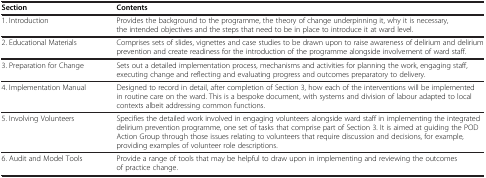
| Section | Contents |
 | --- | --- |
 | 1. Introduction | Provides the background to the programme, the theory of change underpinning it, why it is necessary, the intended objectives and the steps that need to be in place to introduce it at ward level. |
 | 2. Educational Materials | Comprises sets of slides, vignettes and case studies to be drawn upon to raise awareness of delirium and delirium prevention and create readiness for the introduction of the programme alongside involvement of ward staff. |
 | 3. Preparation for Change | Sets out a detailed implementation process, mechanisms and activities for planning the work, engaging staff, executing change and reflecting and evaluating progress and outcomes preparatory to delivery. |
 | 4. Implementation Manual | Designed to record in detail, after completion of Section 3, how each of the interventions will be implemented in routine care on the ward. This is a bespoke document, with systems and division of labour adapted to local contexts albeit addressing common functions. |
 | 5. Involving Volunteers | Specifies the detailed work involved in engaging volunteers alongside ward staff in implementing the integrated delirium prevention programme, one set of tasks that comprise part of Section 3. It is aimed at guiding the POD Action Group through those issues relating to volunteers that require discussion and decisions, for example, providing examples of volunteer role descriptions. |
 | 6. Audit and Model Tools | Provide a range of tools that may be helpful to draw upon in implementing and reviewing the outcomes of practice change. |